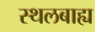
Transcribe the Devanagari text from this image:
स्थलबाह्य